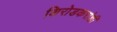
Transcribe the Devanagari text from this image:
शिरोडकरांशी